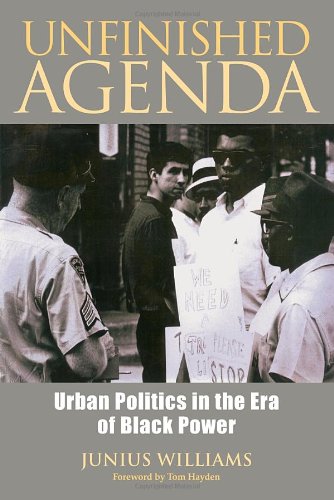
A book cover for Unfinished Agenda: Urban Politics in the Era of Black Power; Junius Williams; Biographies & Memoirs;